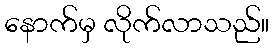
နောက်မှ လိုက်လာသည်။